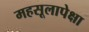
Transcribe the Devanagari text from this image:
महसूलापेक्षा